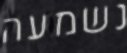
נשמעה